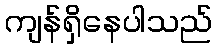
ကျန်ရှိနေပါသည်